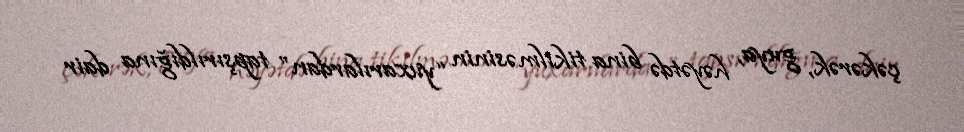
çəkərək, guya, həyətdə bina tikilməsinin “yuxarılardan” tapşırıldığına dair